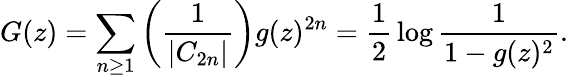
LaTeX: G(z)=\sum_{n\geq 1}\left({\frac{1}{|C_{2n}|}}\right)g(z)^{2n}={\frac{1}{2}}\log{\frac{1}{1-g(z)^{2}}}.